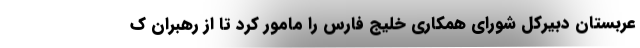
عربستان دبیرکل شورای همکاری خلیج فارس را مامور کرد تا از رهبران ک